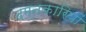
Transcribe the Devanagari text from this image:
दमनकारियों